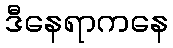
ဒီနေရာကနေ